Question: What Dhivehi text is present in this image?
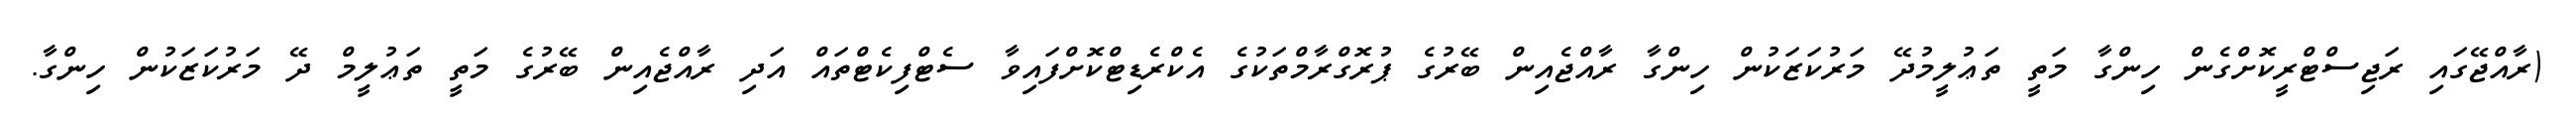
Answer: (ރާއްޖޭގައި ރަޖިސްޓްރީކޮށްގެން ހިންގާ މަތީ ތަޢުލީމުދޭ މަރުކަޒަކުން ހިންގާ ރާއްޖެއިން ބޭރުގެ ޕުރޮގްރާމްތަކުގެ އެކްރެޑިޓްކޮށްފައިވާ ސެޓްފިކެޓްތައް އަދި ރާއްޖެއިން ބޭރުގެ މަތީ ތަޢުލީމް ދޭ މަރުކަޒަކުން ހިންގާ.